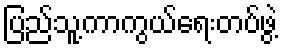
ပြည်သူ့ကာကွယ်ရေးတပ်ဖွဲ့